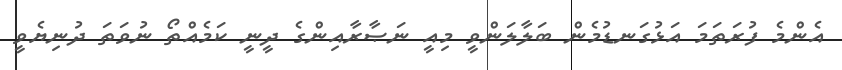
އެންމެ ފުރަތަމަ އަޅުގަނޑުމެން ބަލާލަންވީ މިއީ ނަޞާރާއިންގެ ދީނީ ކަމެއްތޯ ނުވަތަ ދުނިޔެވީ